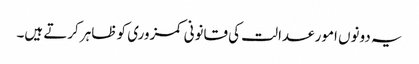
یہ دونوں امور عدالت کی قانونی کمزوری کو ظاہر کرتے ہیں۔